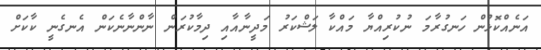
އަނެއްކޮޅުން ހަނގުރާމަ ނުކުރިއްޔާ މައްކާ ލަޝްކަރު މަދީނާއާއި ދިމާކުރަން ނާންނާނެކަން އެނގެނީ ކާކަށް